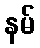
နမ်